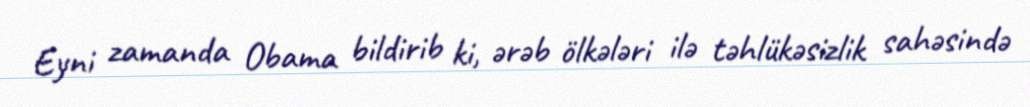
Eyni zamanda Obama bildirib ki, ərəb ölkələri ilə təhlükəsizlik sahəsində